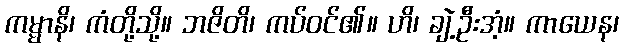
ကမ္မာနိ၊ ကံတို့သို့။ ဘဇိတိ၊ ကပ်ဝင်၏။ ဟိ၊ ချဲ့ဦးအံ့။ ကာယေန၊